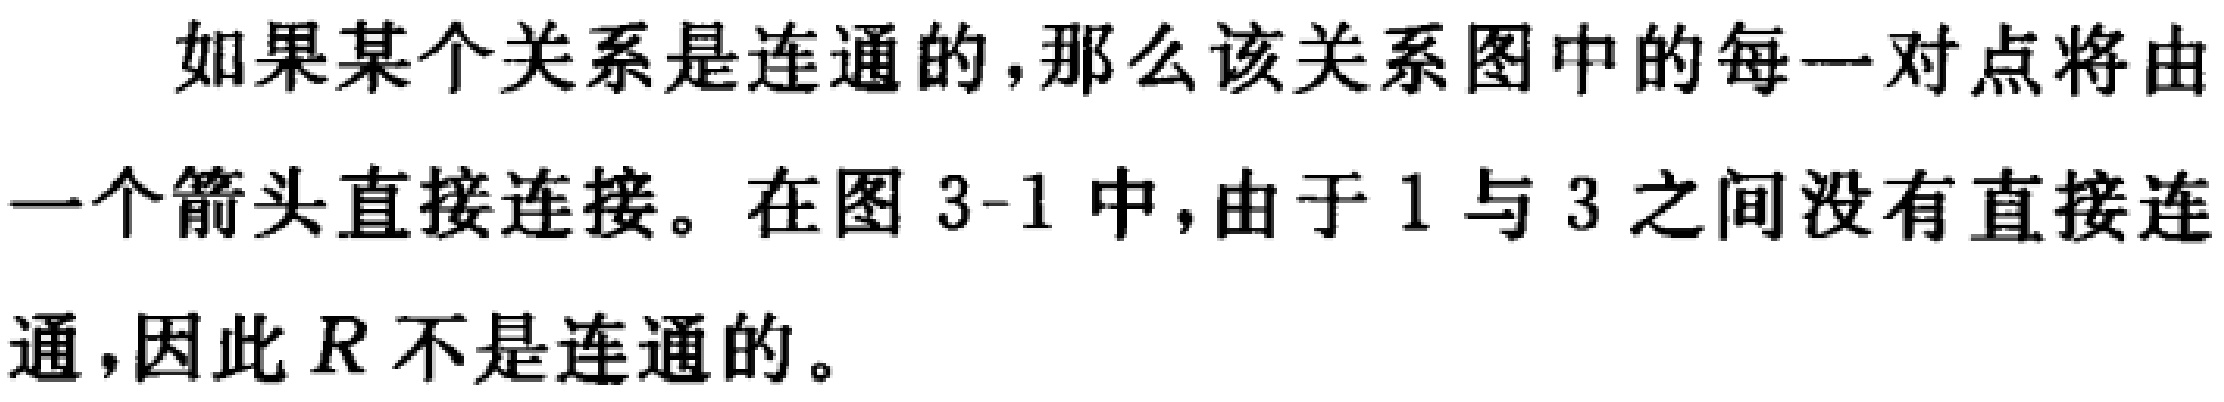
如果某个关系是连通的,那么该关系图中的每一对点将由一个箭头直接连接。在图 3-1 中,由于 1 与 3 之间没有直接连通,因此\(R\)不是连通的。